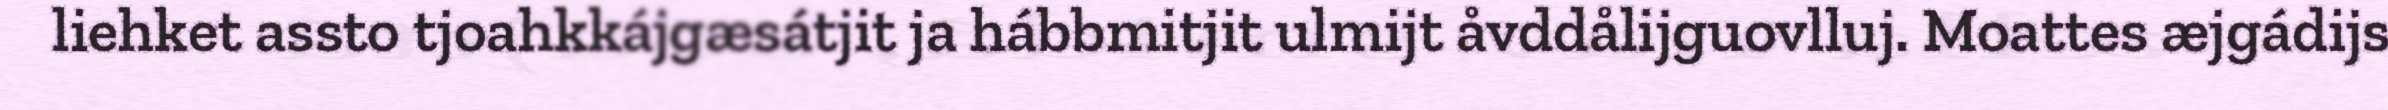
liehket assto tjoahkkájgæsátjit ja hábbmitjit ulmijt åvddålijguovlluj. Moattes æjgádijs